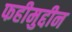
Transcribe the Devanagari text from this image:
फहीमुद्दीन